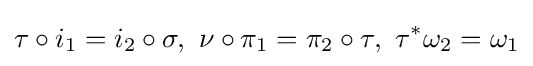
\tau \circ i_{1}=i_{2}\circ \sigma ,\ \nu \circ \pi _{1}=\pi _{2}\circ \tau ,\ \tau ^{*}\omega _{2}=\omega _{1}